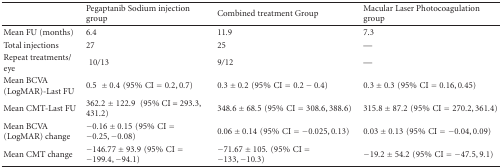
<table><thead><tr><td>[EMPTY_CELL]</td><td><b>Pegaptanib Sodium injection group</b></td><td><b>Combined treatment Group</b></td><td><b>Macular Laser Photocoagulation group</b></td></tr></thead><tbody><tr><td>Mean FU (months)</td><td>6.4</td><td>11.9</td><td>7.3</td></tr><tr><td>Total injections</td><td>27</td><td>25</td><td>—</td></tr><tr><td>Repeat treatments/ eye</td><td>10/13</td><td>9/12</td><td>—</td></tr><tr><td>Mean BCVA (LogMAR)-Last FU</td><td>0.5 ± 0.4(95%CI = 0.2, 0.7)</td><td>0.3 ± 0.2(95%CI = 0.2 − 0.4)</td><td>0.3 ± 0.3(95%CI = 0.16,0.45)</td></tr><tr><td>Mean CMT-Last FU</td><td>362.2 ± 122.9(95% CI = 293.3, 431.2)</td><td>348.6 ± 68.5(95%CI = 308.6, 388.6)</td><td>315.8 ± 87.2(95%CI = 270.2, 361.4)</td></tr><tr><td>Mean BCVA (LogMAR) change</td><td>−0.16 ± 0.15(95%CI = −0.25, −0.08)</td><td>0.06 ± 0.14(95%CI = −0.025, 0.13)</td><td>0.03 ± 0.13(95%CI = −0.04, 0.09)</td></tr><tr><td>Mean CMT change</td><td>−146.77 ± 93.9(95%CI = −199.4, −94.1)</td><td>−71.67 ± 105.(95%CI = −133, −10.3)</td><td>−19.2 ± 54.2(95%CI = −47.5, 9.1)</td></tr></tbody></table>